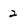
Character: 2